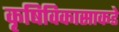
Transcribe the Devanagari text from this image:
कृषिविकासाकडे